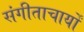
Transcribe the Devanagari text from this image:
संगीताचार्यों